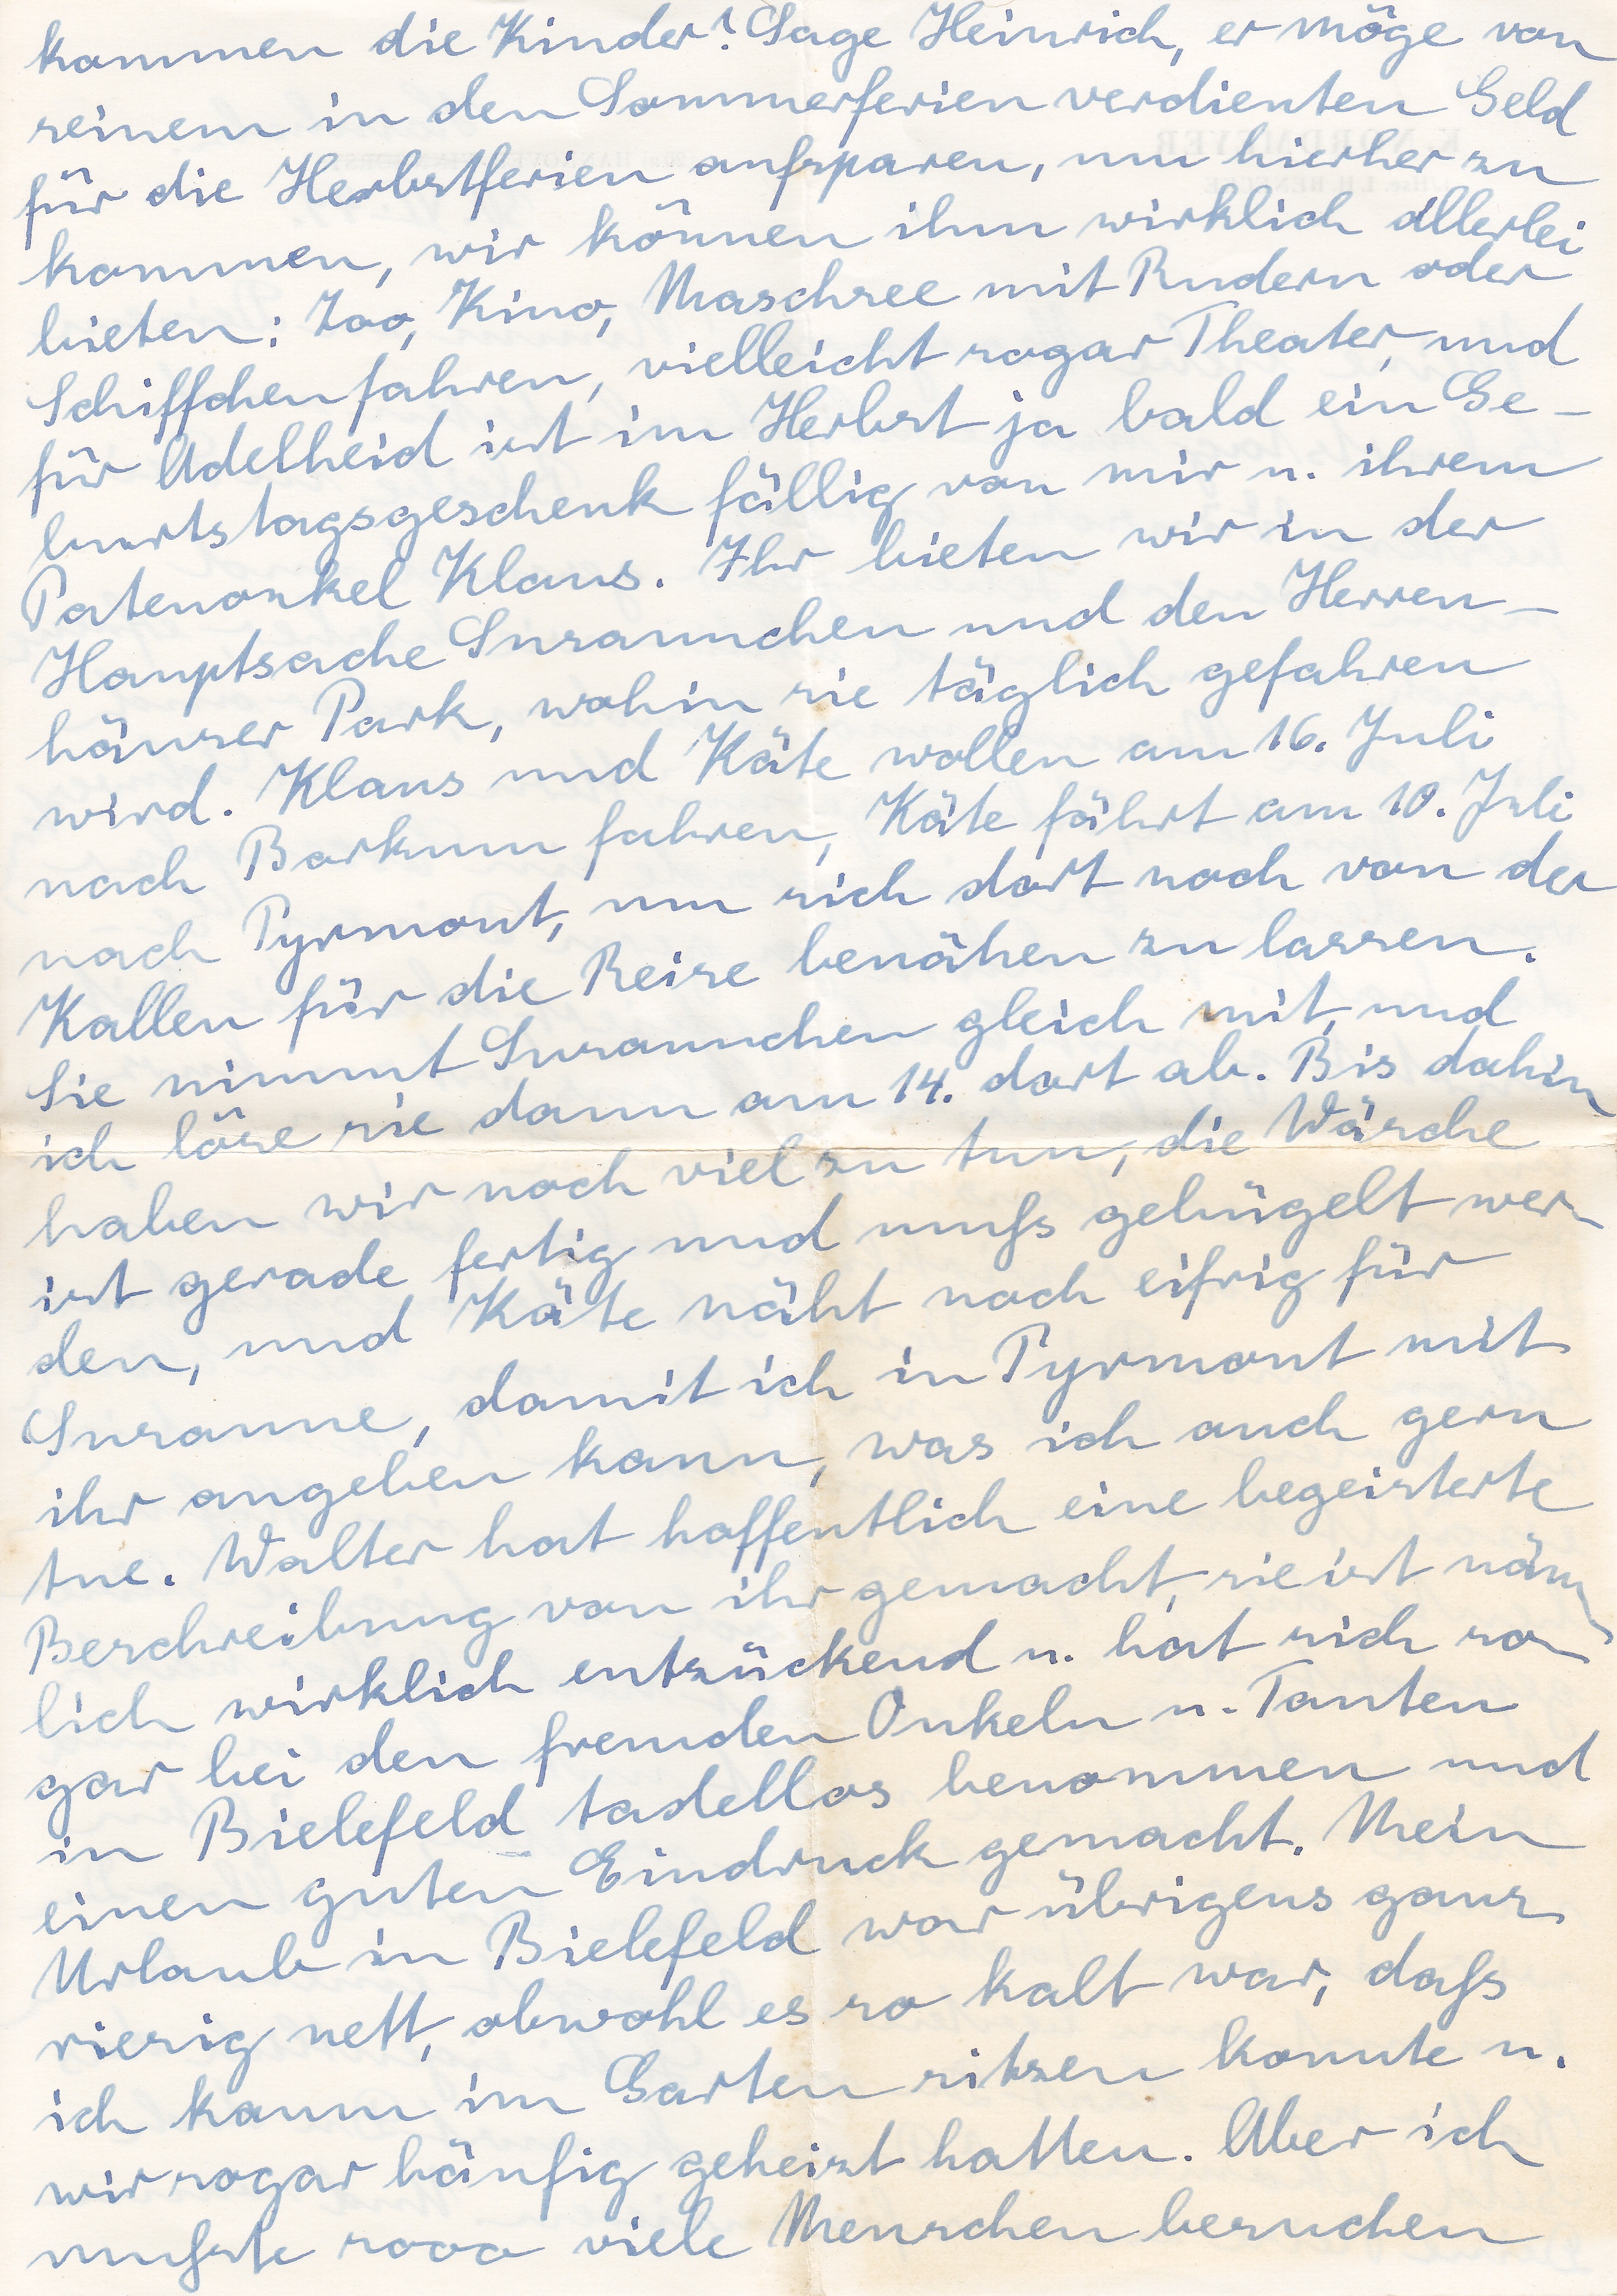
kommen die Kinder? Sage Heinrich, er möge von
seinem in den Sommerferien verdienden Geld
für die Herbstferien aufsparen, um hierher zu
kommen, wir können ihm wirklich allerlei
bieten: Zoo, Kino, Maschsee mit Rudern oder
Schiffchenfahren, vielleicht sogar Theater, und
für Adelheid ist im Herbst ja bald ein Ge
burtstagsgeschenk fällig von mir u. ihrem
Patenonkel Klaus. Ihr bieten wir in der
Hauptsache Susannchen und den Herren
häuser Park, wohin sie täglich gefahren
wird.. Klaus und Käte wollen am 16. Juli
nach Borkum fahren, Käthe fährt am 10. Juli
nach Pyrmont, um sich dort noch von den
Kallen für die Reise benäßen zu lassen.
Sie nimmt Susannchen gleich mit, und
ich löse sie dann am 14. dort ab. Bis dahin
haben wir noch viel zu tun, die Wäsche
ist gerade fertig und muß gebügelt wer
den, und Käte näht noch eifrig für
Susanne, damit ich in Pyrmont mit
ihr angeben kann, was ich auch gern
tue. Walter hat hoffentlich eine begeisterte
Beschreibung von ihr gemacht, sie ist näm
lich wirklich entzückend u. hat sich so
gar bei den fremden Onkeln u. Tanten
in Bielefeld tadellos benommen und
einen guten Eindruck gemacht. Mein
Urlaub in Bielefeld war übrigens ganz
riesig nett, obwohl es so kalt war, daß
ich kaum im Garten sitzen konnte u.
wir morgens häufig geheizt hatten. Aber ich
mußte sooo viele Menschen besuchen